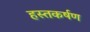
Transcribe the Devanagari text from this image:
हस्तकर्षण